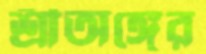
শ্রীঅঙ্গের